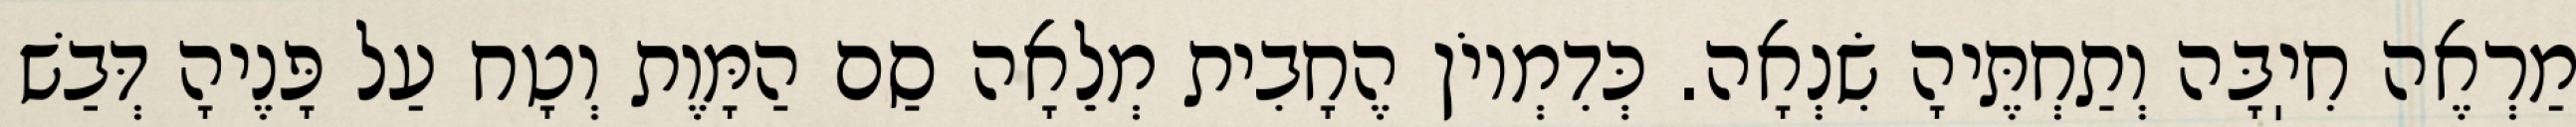
מַרְאֶה חִיֽבָּה וְתַחְתֶּיהָ שִׂנְאָה. כְּדִמְיוֹן הֶחָבִית מְלֵאָה סַם הַמָּוֶת וְטָח עַל פָּנֶיהָ דְּבַשׁ